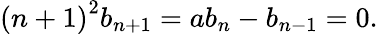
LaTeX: \left(n+1\right)^{2}b_{n+1}=ab_{n}-b_{n-1}=0.